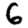
Digit: 6